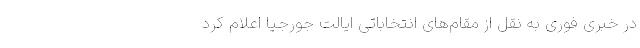
در خبری فوری به نقل از مقام‌های انتخاباتی ایالت جورجیا اعلام کرد